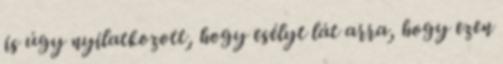
is úgy nyilatkozott, hogy esélyt lát arra, hogy ezen